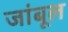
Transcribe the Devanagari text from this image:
जांबूल